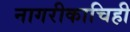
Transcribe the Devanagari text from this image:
नागरीकाचिही